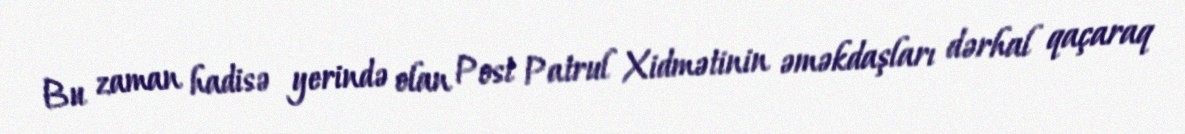
Bu zaman hadisə yerində olan Post Patrul Xidmətinin əməkdaşları dərhal qaçaraq